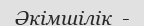
Әкімшілік  -